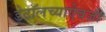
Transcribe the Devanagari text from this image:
डेटॉलच्याऐवजी